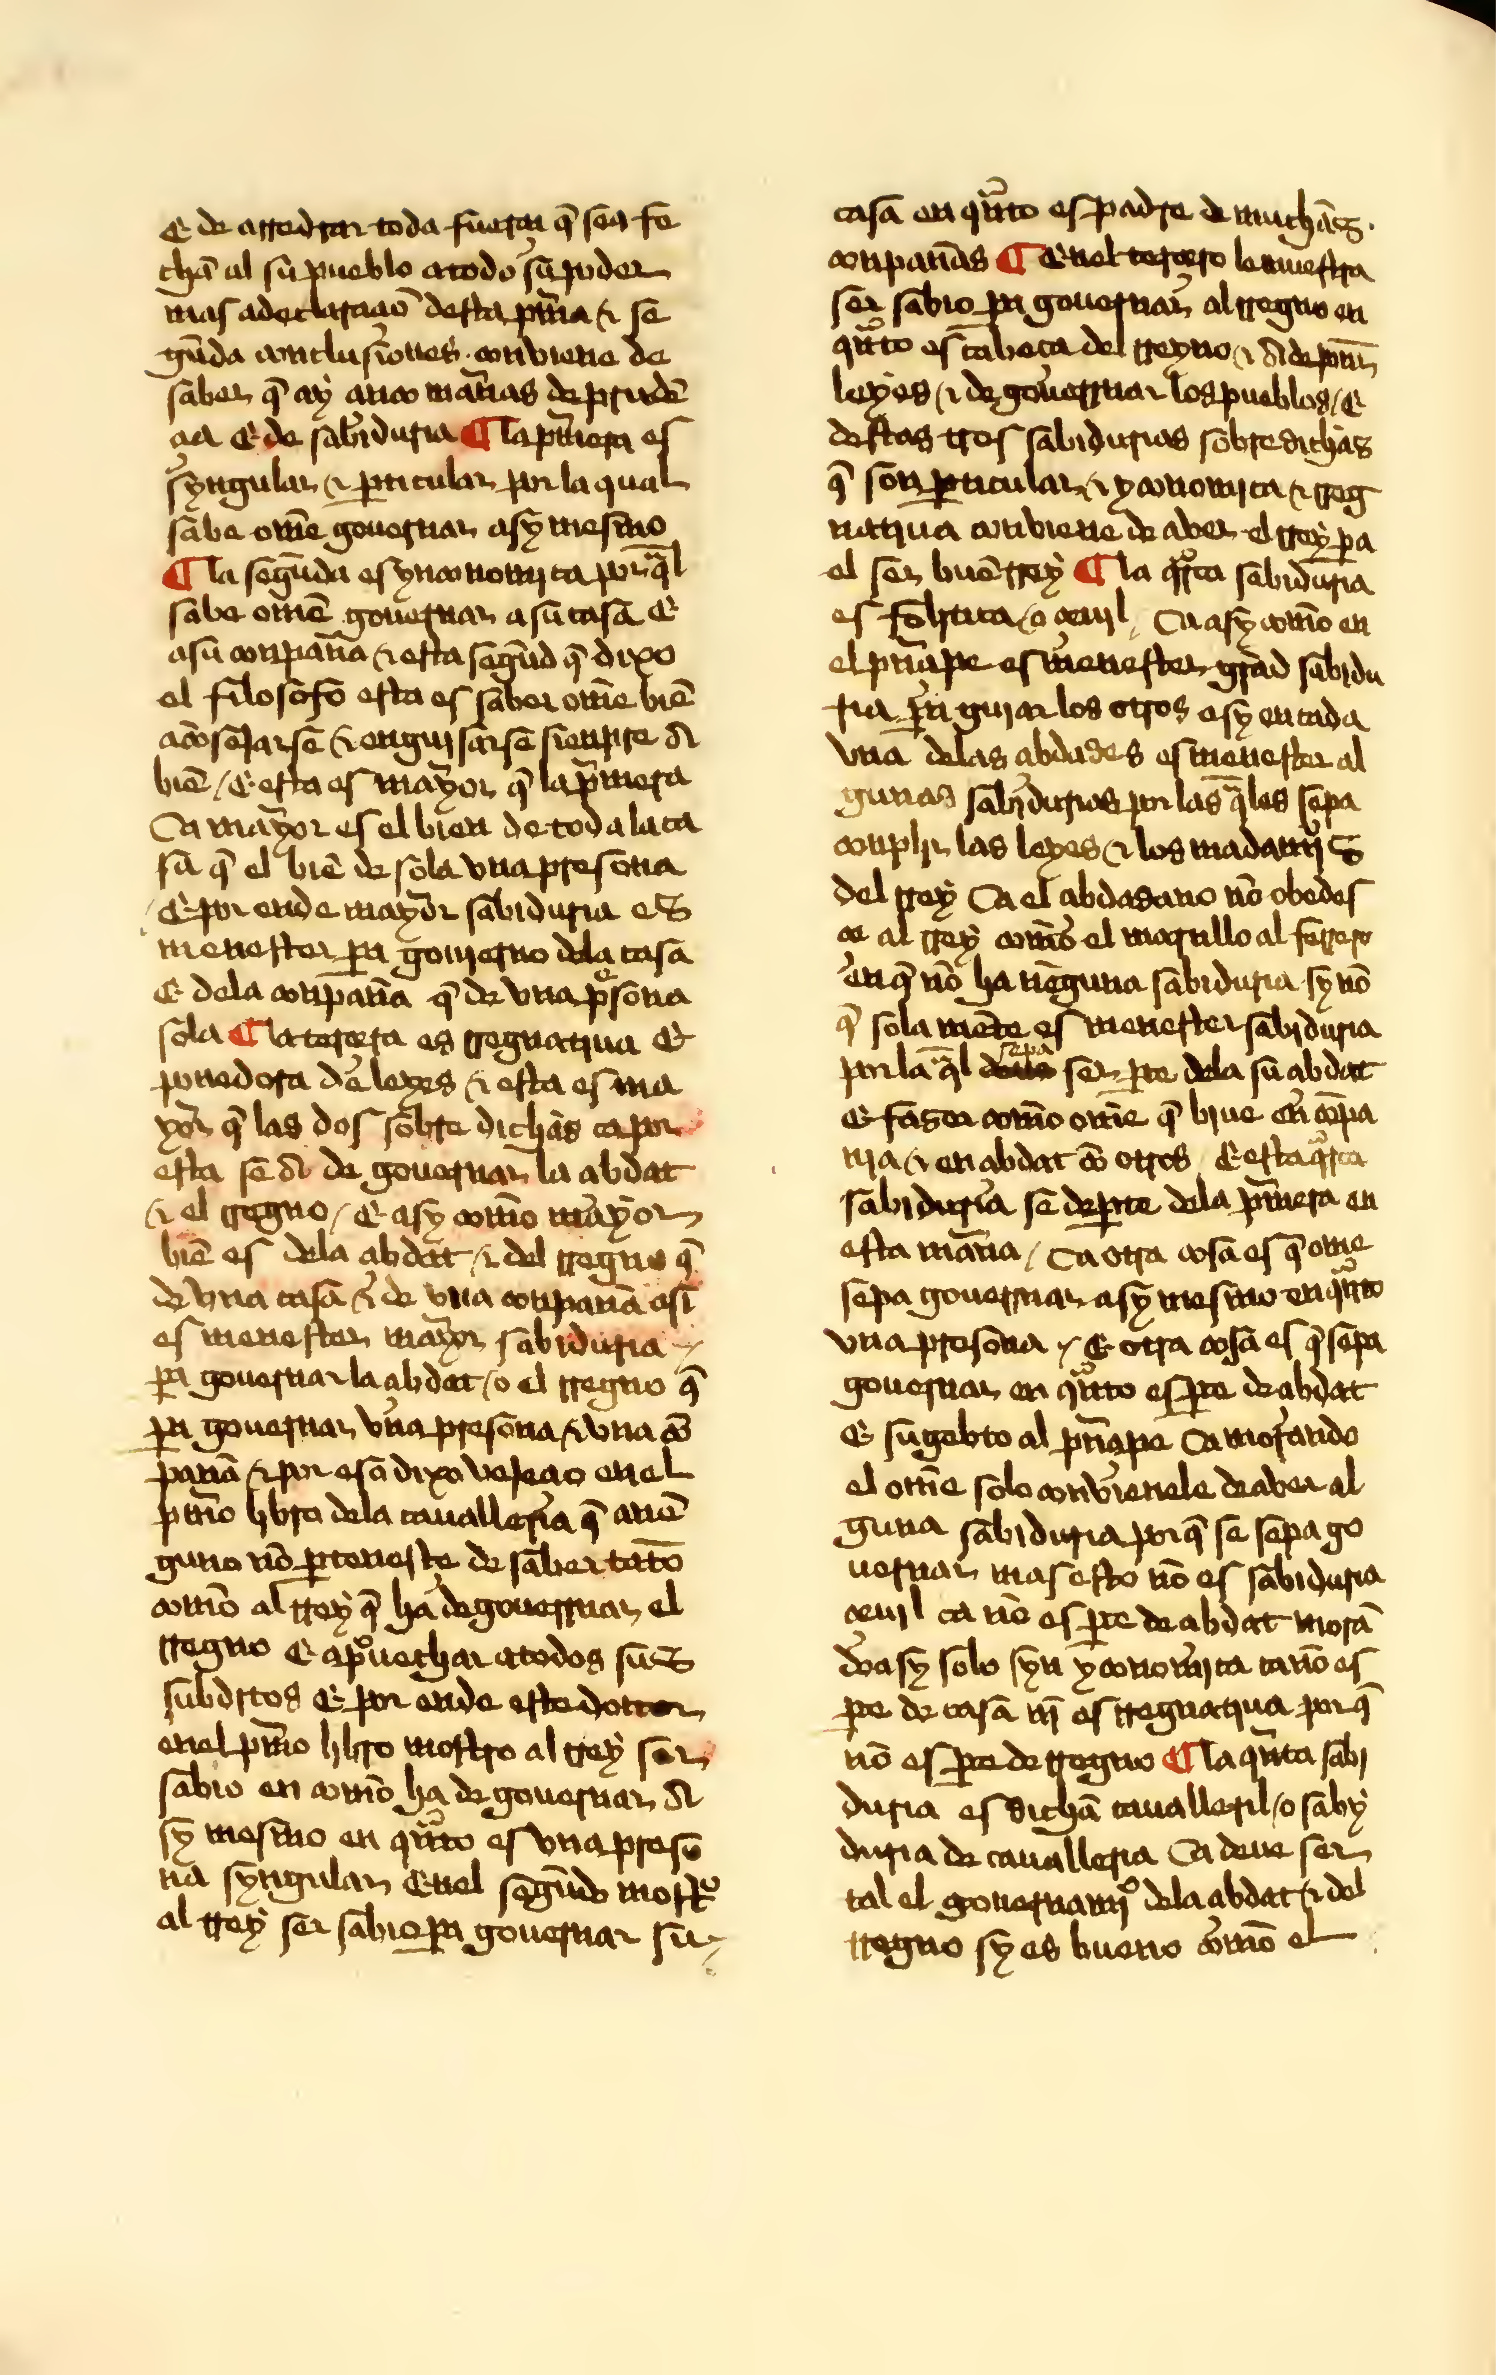
Shelfmark: Sevilla, Biblioteca Universitaria, ms. 332/131
Century: 15